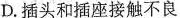
D.插头和插座接触不良